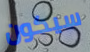
سيكون